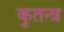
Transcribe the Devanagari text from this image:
कुतन्त्र